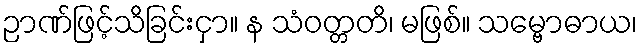
ဉာဏ်ဖြင့်သိခြင်းငှာ။ န သံဝတ္တတိ၊ မဖြစ်။ သမ္ဗောဓာယ၊